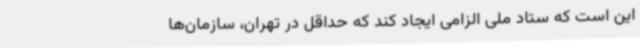
این است که ستاد ملی الزامی ایجاد کند که حداقل در تهران، سازمان‌ها